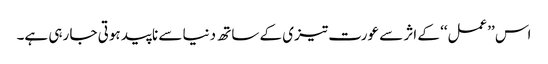
اس ’’عمل‘‘ کے اثر سے عورت تیزی کے ساتھ دنیا سے ناپید ہوتی جا رہی ہے۔